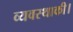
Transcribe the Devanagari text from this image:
व्यवस्थाकी।